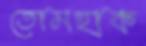
তোমহাক